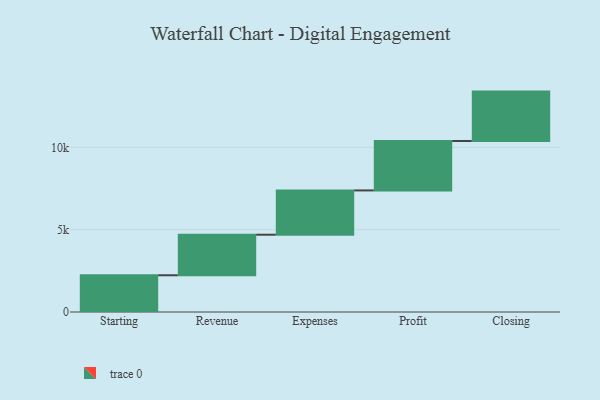
{"axis": {"x": "Step", "y": "Value"}, "legend": [""], "data": [{"x": "Starting", "y": 2231.0, "type": ""}, {"x": "Revenue", "y": 2462.0, "type": ""}, {"x": "Expenses", "y": 2689.0, "type": ""}, {"x": "Profit", "y": 3000, "type": ""}, {"x": "Closing", "y": 3000, "type": ""}]}